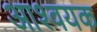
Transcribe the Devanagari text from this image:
आश्वयक